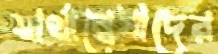
স্বার্থান্বেষীদের